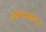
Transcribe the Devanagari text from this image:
स्फाटकल्प